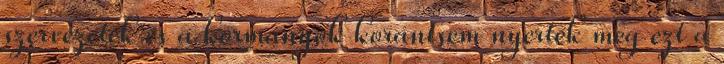
szervezetek és a kormányok korántsem nyerték meg ezt a